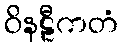
ဝိနဠီကတံ